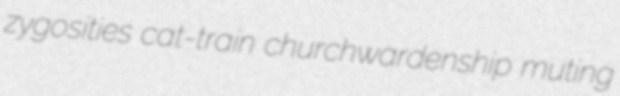
zygosities cat-train churchwardenship muting